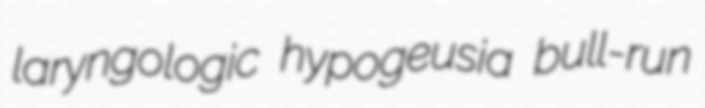
laryngologic hypogeusia bull-run